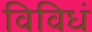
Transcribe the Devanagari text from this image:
विविधं